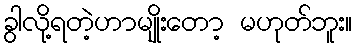
ခွါလို့ရတဲ့ဟာမျိုးတော့ မဟုတ်ဘူး။